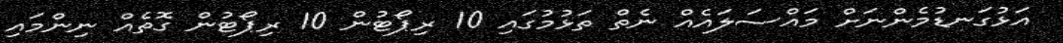
އަޅުގަނޑުމެންނަށް މައްސަލައެއް ނެތް ތަޅުމުގައި 10 ރިޕޯޓުން 10 ރިޕޯޓުން ގޮތެއް ނިންމައި